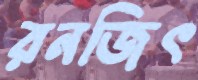
রনজিৎ